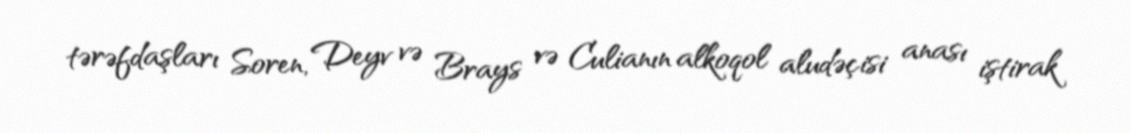
tərəfdaşları Soren, Deyv və Brays və Culianın alkoqol aludəçisi anası iştirak